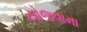
યોજવામા